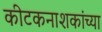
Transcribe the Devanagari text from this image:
कीटकनाशकांच्या